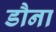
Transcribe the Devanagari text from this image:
डौना